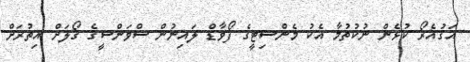
އަގުއެރޯ ކުޅެން ނުކުތުމާ އެކު މެންސިޓީގެ ފޯވާޑް ލައިނުން ސްވަންސީގެ ގޯލަށް އިތުރަށް